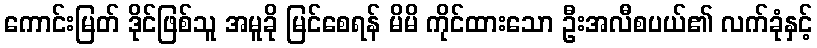
ကောင်းမြတ် ဒိုင်ဖြစ်သူ အမူခို မြင်စေရန် မိမိ ကိုင်ထားသော ဦးအလီစပယ်၏ လက်ခုံနှင့်